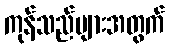
ကုန်သည်များအတွက်